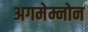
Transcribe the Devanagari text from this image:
अगमेम्नोन